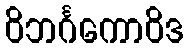
ဝိဘင်္ဂကောဝိဒ